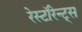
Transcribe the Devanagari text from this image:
रेस्टॉरेन्ट्स